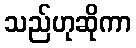
သည်ဟုဆိုကာ